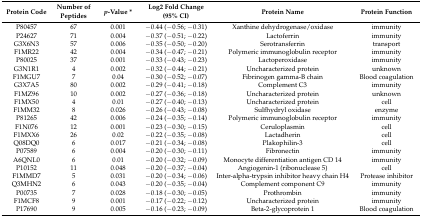
<table><thead><tr><td><b>Protein Code</b></td><td><b>Number of Peptides</b></td><td><b><i>p</i>-Value *</b></td><td><b>Log2 Fold Change (95% CI)</b></td><td><b>Protein Name</b></td><td><b>Protein Function</b></td></tr></thead><tbody><tr><td>P80457</td><td>67</td><td>0.001</td><td>−0.44 (−0.56; −0.31)</td><td>Xanthine dehydrogenase/oxidase</td><td>immunity</td></tr><tr><td>P24627</td><td>71</td><td>0.004</td><td>−0.37 (−0.51; −0.22)</td><td>Lactoferrin</td><td>immunity</td></tr><tr><td>G3X6N3</td><td>57</td><td>0.006</td><td>−0.35 (−0.50; −0.20)</td><td>Serotransferrin</td><td>transport</td></tr><tr><td>F1MR22</td><td>42</td><td>0.004</td><td>−0.34 (−0.47; −0.21)</td><td>Polymeric immunoglobulin receptor</td><td>immunity</td></tr><tr><td>P80025</td><td>37</td><td>0.001</td><td>−0.33 (−0.43; −0.23)</td><td>Lactoperoxidase</td><td>immunity</td></tr><tr><td>G3N1R1</td><td>4</td><td>0.002</td><td>−0.32 (−0.44; −0.21)</td><td>Uncharacterized protein</td><td>unknown</td></tr><tr><td>F1MGU7</td><td>7</td><td>0.04</td><td>−0.30 (−0.52; −0.07)</td><td>Fibrinogen gamma-B chain</td><td>Blood coagulation</td></tr><tr><td>G3X7A5</td><td>80</td><td>0.002</td><td>−0.29 (−0.41; −0.18)</td><td>Complement C3</td><td>immunity</td></tr><tr><td>F1MZ96</td><td>10</td><td>0.002</td><td>−0.27 (−0.36; −0.18)</td><td>Uncharacterized protein</td><td>unknown</td></tr><tr><td>F1MX50</td><td>4</td><td>0.01</td><td>−0.27 (−0.40; −0.13)</td><td>Uncharacterized protein</td><td>cell</td></tr><tr><td>F1MM32</td><td>8</td><td>0.026</td><td>−0.26 (−0.43; −0.08)</td><td>Sulfhydryl oxidase</td><td>enzyme</td></tr><tr><td>P81265</td><td>42</td><td>0.006</td><td>−0.24 (−0.35; −0.14)</td><td>Polymeric immunoglobulin receptor</td><td>immunity</td></tr><tr><td>F1N076</td><td>12</td><td>0.001</td><td>−0.23 (−0.30; −0.15)</td><td>Ceruloplasmin</td><td>cell</td></tr><tr><td>F1MXX6</td><td>26</td><td>0.02</td><td>−0.22 (−0.35; −0.08)</td><td>Lactadherin</td><td>cell</td></tr><tr><td>Q08DQ0</td><td>6</td><td>0.017</td><td>−0.21 (−0.34; −0.08)</td><td>Plakophilin-3</td><td>cell</td></tr><tr><td>P07589</td><td>6</td><td>0.004</td><td>−0.20 (−0.30; −0.11)</td><td>Fibronectin</td><td>immunity</td></tr><tr><td>A6QNL0</td><td>6</td><td>0.01</td><td>−0.20 (−0.32; −0.09)</td><td>Monocyte differentiation antigen CD 14</td><td>immunity</td></tr><tr><td>P10152</td><td>11</td><td>0.048</td><td>−0.20 (−0.37; −0.04)</td><td>Angiogenin-1 (ribonuclease 5)</td><td>cell</td></tr><tr><td>F1MMD7</td><td>5</td><td>0.031</td><td>−0.20 (−0.34; −0.06)</td><td>Inter-alpha-trypsin inhibitor heavy chain H4</td><td>Protease inhibitor</td></tr><tr><td>Q3MHN2</td><td>6</td><td>0.043</td><td>−0.20 (−0.35; −0.04)</td><td>Complement component C9</td><td>immunity</td></tr><tr><td>P00735</td><td>7</td><td>0.028</td><td>−0.18 (−0.30; −0.05)</td><td>Prothrombin</td><td>immunity</td></tr><tr><td>F1MCF8</td><td>9</td><td>0.001</td><td>−0.17 (−0.22; −0.12)</td><td>Uncharacterized protein</td><td>immunity</td></tr><tr><td>P17690</td><td>9</td><td>0.005</td><td>−0.16 (−0.23; −0.09)</td><td>Beta-2-glycoprotein 1</td><td>Blood coagulation</td></tr></tbody></table>